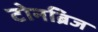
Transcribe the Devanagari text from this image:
टोनब्रिज